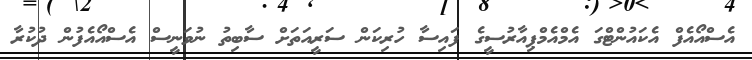
އެސްއޯއެފް އެކައުންޓްގަ އެމްއެމްޕިއާރުސީގެ ފައިސާ ހުރިކަން ސަރީއަތަށް ސާބިތު ނުވަނީސް އެސްއޯއެފުން ދުކުރާ